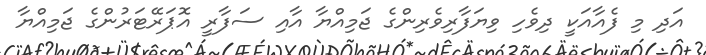
އަދި މި ފެއާއަކީ ދިވެހި ވިޔަފާރިވެރިންގެ ޖަމިއްޔާ އާއި ސަފާރީ އޮޕަރޭޓަރުންގެ ޖަމިއްޔާ